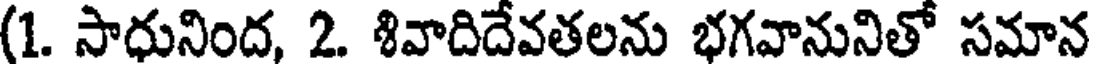
(1. సాధునింద, 2. శివాదిదేవతలను భగవానునితో సమాన